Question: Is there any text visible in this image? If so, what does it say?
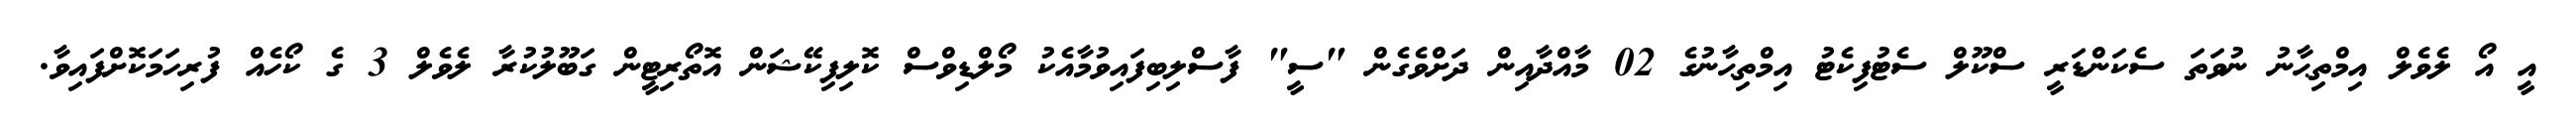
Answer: އީ އޯ ލެވެލް އިމްތިޙާނު ނުވަތަ ސެކަންޑަރީ ސްކޫލް ސެޓުފިކެޓު އިމްތިޙާނުގެ 02 މާއްދާއިން ދަށްވެގެން "ސީ" ފާސްލިބިފައިވުމާއެކު މޯލްޑިވްސް ކޮލިފިކޭޝަން އޮތޯރިޓީން ގަބޫލުކުރާ ލެވެލް 3 ގެ ކޯހެއް ފުރިހަމަކޮށްފައިވާ.